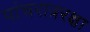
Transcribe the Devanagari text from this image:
पांचरात्ररक्षा